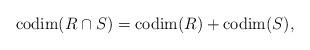
LaTeX: \begin{align*}{\rm codim}(R\cap S) = {\rm codim}(R) + {\rm codim}(S),\end{align*}